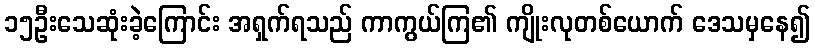
၁၅ဦးသေဆုံးခဲ့ကြောင်း အရှက်ရသည် ကာကွယ်ကြ၏ ကျိုးလုတစ်ယောက် ဒေသမှနေ၍